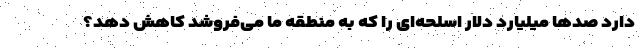
دارد صدها میلیارد دلار اسلحه‌ای را که به منطقه ما می‌فروشد کاهش دهد؟